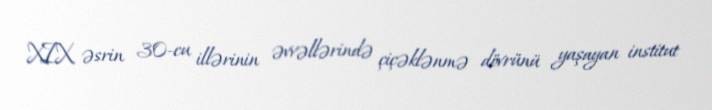
XIX əsrin 30-cu illərinin əvvəllərində çiçəklənmə dövrünü yaşayan institut